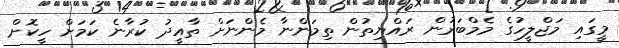
މީގައި މަޖްލީހުގެ މެމްބަރުން ރައްޔިތުން ތިމަންނާ މެންނަށް ތާއީދު ކުރާނެ ކަމަށް ހީކޮށް